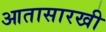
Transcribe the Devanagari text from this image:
आतासारखी